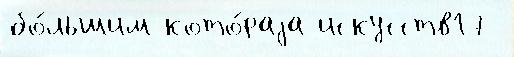
бо́льшим кото́раjа искусств17